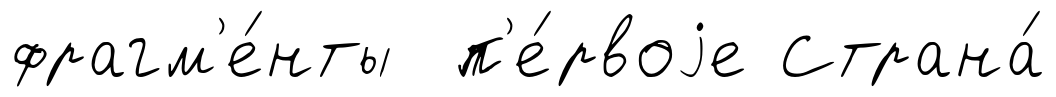
фрагм'е́нты п'е́рвоjе Страна́